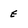
Character: e